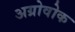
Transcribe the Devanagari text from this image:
अग्रोवोक